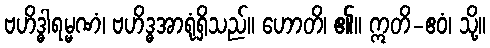
ဗဟိဒ္ဓါရမ္မဏံ၊ ဗဟိဒ္ဓအာရုံရှိသည်။ ဟောတိ၊ ၏။ ဣတိ-ဧဝံ၊ သို့။